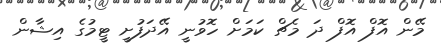
މޭން އޮފް އޮފް ދަ މެޗް ކަމަށް ހޮވުނީ އޭދަފުށީ ޓީމުގެ އިޝާން